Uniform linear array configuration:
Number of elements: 4
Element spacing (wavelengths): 1
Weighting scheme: hann
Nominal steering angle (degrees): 15
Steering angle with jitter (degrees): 15.402
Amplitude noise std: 0.05
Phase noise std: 0.05

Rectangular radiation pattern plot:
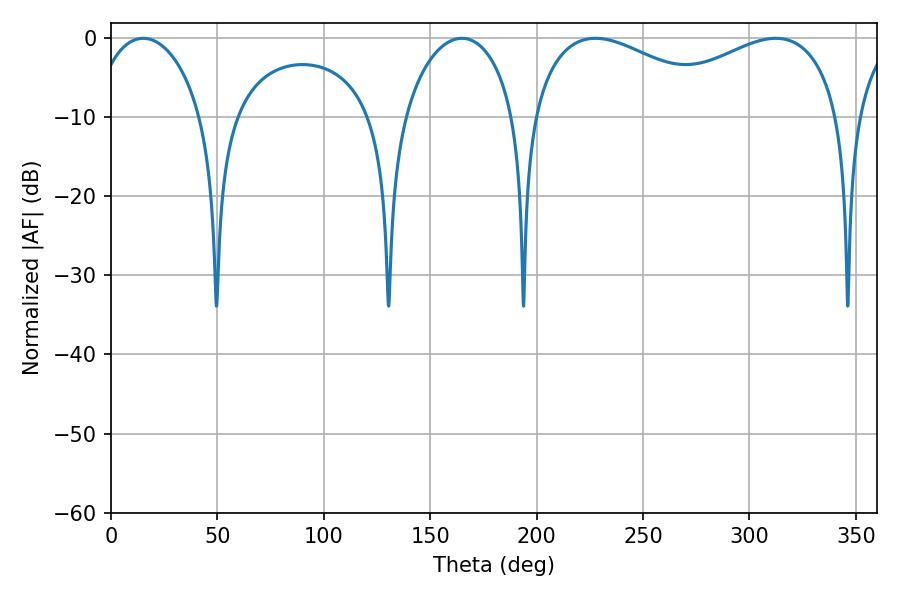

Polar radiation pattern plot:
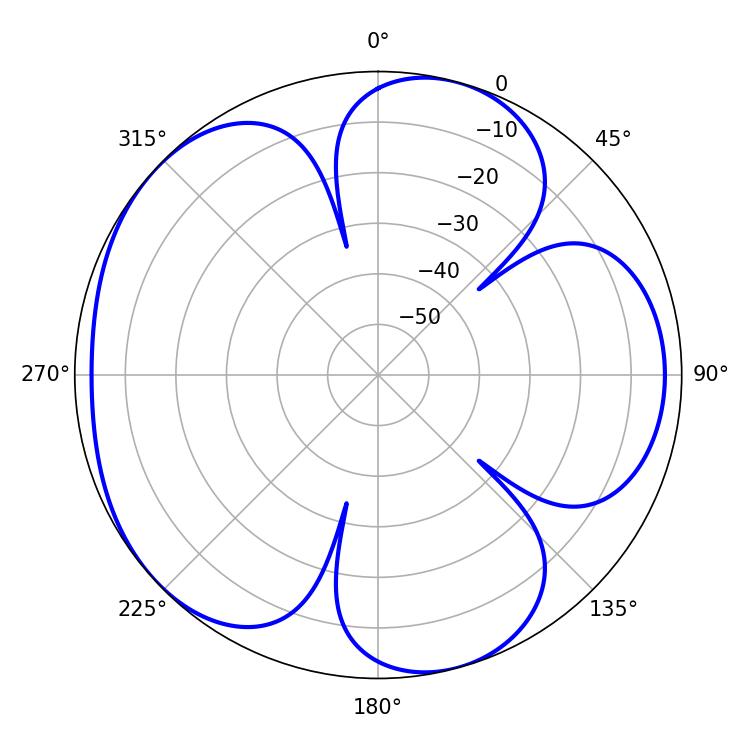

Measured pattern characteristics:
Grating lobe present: TRUE
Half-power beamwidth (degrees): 29.88
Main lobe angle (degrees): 15.12